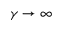
\gamma \to \infty